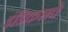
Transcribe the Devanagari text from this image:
इंडिकसचे